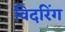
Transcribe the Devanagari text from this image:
विदरिंग